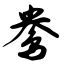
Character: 鸯